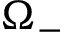
\Omega _ { - }